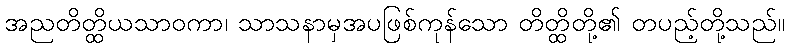
အညတိတ္ထိယသာဝကာ၊ သာသနာမှအပဖြစ်ကုန်သော တိတ္ထိတို့၏ တပည့်တို့သည်။